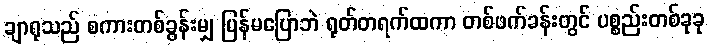
ချာရုသည် စကားတစ်ခွန်းမျှ ပြန်မပြောဘဲ ရုတ်တရက်ထကာ တစ်ဖက်ခန်းတွင် ပစ္စည်းတစ်ခုခု